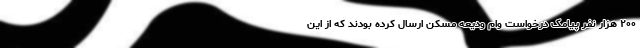
۲۰۰ هزار نفر پیامک درخواست وام ودیعه مسکن ارسال کرده بودند که از این